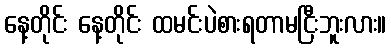
နေ့တိုင်း နေ့တိုင်း ထမင်းပဲစားရတာမငြီးဘူးလား။